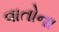
વાતોના